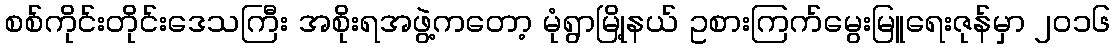
စစ်ကိုင်းတိုင်းဒေသကြီး အစိုးရအဖွဲ့ကတော့ မုံရွာမြို့နယ် ဥစားကြက်မွေးမြူရေးဇုန်မှာ ၂၀၁၆